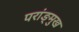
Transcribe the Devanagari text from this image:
परांङ्‌मुख